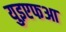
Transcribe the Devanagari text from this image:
युइएफआ